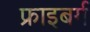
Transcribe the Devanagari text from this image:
फ्राइबर्ग